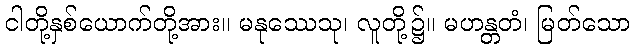
ငါတို့နှစ်ယောက်တို့အား။ မနုဿေသု၊ လူတို့၌။ မဟန္တတံ၊ မြတ်သော